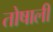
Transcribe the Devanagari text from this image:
तोषाली